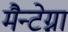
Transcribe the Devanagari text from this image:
मैन्टेग्ना